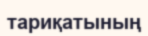
тариқатының